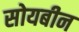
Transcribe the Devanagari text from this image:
सोयबीन